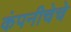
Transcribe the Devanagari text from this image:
कंपनीचेचे